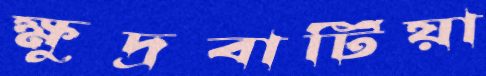
ক্ষুদ্রবাটিয়া